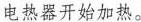
电热器开始加热。